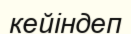
кейіндеп